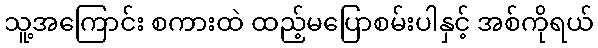
သူ့အကြောင်း စကားထဲ ထည့်မပြောစမ်းပါနှင့် အစ်ကိုရယ်